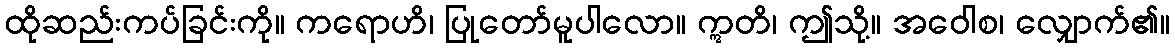
ထိုဆည်းကပ်ခြင်းကို။ ကရောဟိ၊ ပြုတော်မူပါလော။ ဣတိ၊ ဤသို့။ အဝေါစ၊ လျှောက်၏။